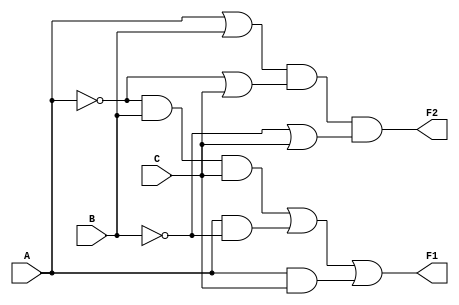
module comb_logic (
    input wire A,    // Input A
    input wire B,    // Input B
    input wire C,    // Input C
    output wire F1,  // Output for SOP Form
    output wire F2   // Output for POS Form
);

// Sum of Products (SOP) implementation
// For example: F1 = A'BC + AB' + AC
assign F1 = (~A & B & C) | (A & ~B) | (A & C);

// Product of Sums (POS) implementation
// For example: F2 = (A + B)(A' + C)(B' + C)
assign F2 = (A | B) & (~A | C) & (~B | C);

endmodule